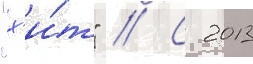
"х'и́т" // С 2013